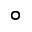
^ { \circ }